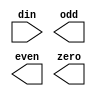
module decode(
  input [3:0] din, 
  output reg odd, 
  output reg even,
  output reg zero
);

  // TODO: write your code here

endmodule